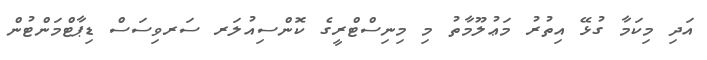
އަދި މިކަމާ ގުޅޭ އިތުރު މަޢުލޫމާތު މި މިނިސްޓްރީގެ ކޮންސިއުލަރ ސަރވިސަސް ޑިޕާޓްމަންޓުން